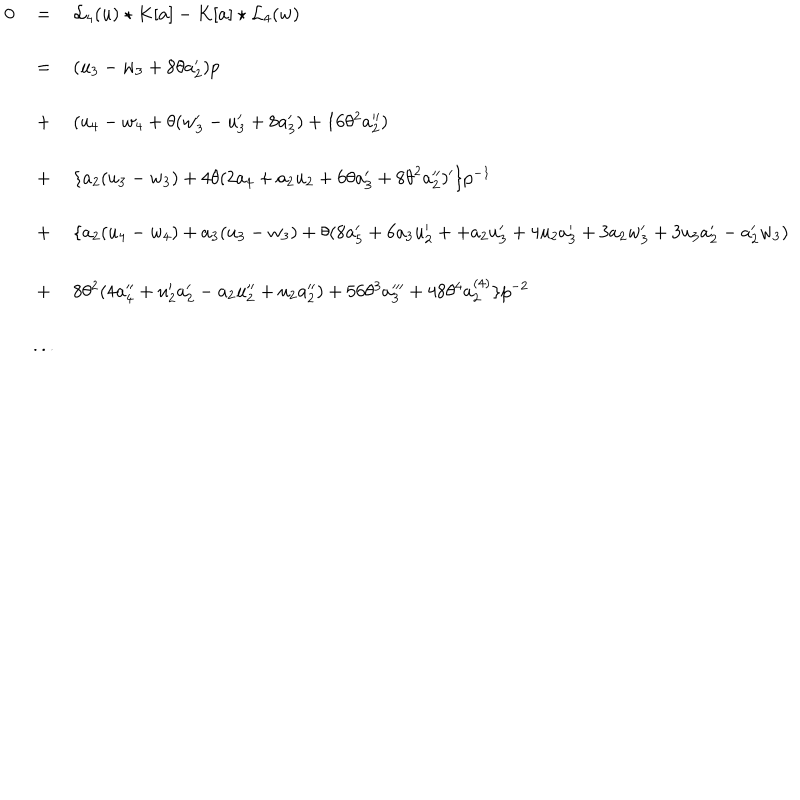
\begin{array} { l c l } { { 0 } } & { { = } } & { { { { \mathcal L } _ { 4 } } ( u ) \star K [ a ] - K [ a ] \star { { \mathcal L } _ { 4 } } ( w ) } } \\ { { } } & { { = } } & { { ( u _ { 3 } - w _ { 3 } + 8 \theta a _ { 2 } ^ { \prime } ) p } } \\ { { } } & { { + } } & { { ( u _ { 4 } - w _ { 4 } + \theta ( w _ { 3 } ^ { \prime } - u _ { 3 } ^ { \prime } + 8 a _ { 3 } ^ { \prime } ) + 1 6 \theta ^ { 2 } a _ { 2 } ^ { \prime \prime } ) } } \\ { { } } & { { + } } & { { \{ a _ { 2 } ( u _ { 3 } - w _ { 3 } ) + 4 \theta ( 2 a _ { 4 } + a _ { 2 } u _ { 2 } + 6 \theta a _ { 3 } ^ { \prime } + 8 { \theta } ^ { 2 } a _ { 2 } ^ { \prime \prime } ) ^ { \prime } \} p ^ { - 1 } } } \\ { { } } & { { + } } & { { \{ a _ { 2 } ( u _ { 4 } - w _ { 4 } ) + a _ { 3 } ( u _ { 3 } - w _ { 3 } ) + \theta ( 8 a _ { 5 } ^ { \prime } + 6 a _ { 3 } u _ { 2 } ^ { \prime } + + a _ { 2 } u _ { 3 } ^ { \prime } + 4 u _ { 2 } a _ { 3 } ^ { \prime } + 3 a _ { 2 } w _ { 3 } ^ { \prime } + 3 u _ { 3 } a _ { 2 } ^ { \prime } - a _ { 2 } ^ { \prime } w _ { 3 } ) } } \\ { { } } & { { + } } & { { 8 \theta ^ { 2 } ( 4 a _ { 4 } ^ { \prime \prime } + u _ { 2 } ^ { \prime } a _ { 2 } ^ { \prime } - a _ { 2 } u _ { 2 } ^ { \prime \prime } + u _ { 2 } a _ { 2 } ^ { \prime \prime } ) + 5 6 \theta ^ { 3 } a _ { 3 } ^ { \prime \prime \prime } + 4 8 \theta ^ { 4 } a _ { 2 } ^ { ( 4 ) } \} p ^ { - 2 } } } \\ { { } } & { { . . . } } & { { } } \\ \end{array}